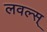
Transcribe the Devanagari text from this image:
लवल्स्